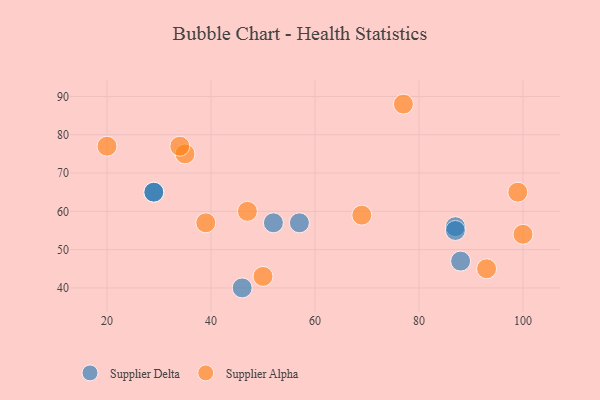
{"axis": {"x": "GDP", "y": "Life Expectancy"}, "legend": ["Supplier Alpha", "Supplier Delta"], "data": [{"x": "46", "y": 40, "type": "Supplier Delta"}, {"x": "52", "y": 57, "type": "Supplier Delta"}, {"x": "29", "y": 65, "type": "Supplier Delta"}, {"x": "87", "y": 56, "type": "Supplier Delta"}, {"x": "87", "y": 55, "type": "Supplier Delta"}, {"x": "57", "y": 57, "type": "Supplier Delta"}, {"x": "29", "y": 65, "type": "Supplier Delta"}, {"x": "88", "y": 47, "type": "Supplier Delta"}, {"x": "20", "y": 77, "type": "Supplier Alpha"}, {"x": "35", "y": 75, "type": "Supplier Alpha"}, {"x": "69", "y": 59, "type": "Supplier Alpha"}, {"x": "47", "y": 60, "type": "Supplier Alpha"}, {"x": "100", "y": 54, "type": "Supplier Alpha"}, {"x": "93", "y": 45, "type": "Supplier Alpha"}, {"x": "34", "y": 77, "type": "Supplier Alpha"}, {"x": "39", "y": 57, "type": "Supplier Alpha"}, {"x": "50", "y": 43, "type": "Supplier Alpha"}, {"x": "99", "y": 65, "type": "Supplier Alpha"}, {"x": "77", "y": 88, "type": "Supplier Alpha"}]}